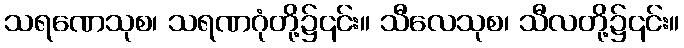
သရဏေသုစ၊ သရဏဂုံတို့၌၎င်း။ သီလေသုစ၊ သီလတို့၌၎င်း။